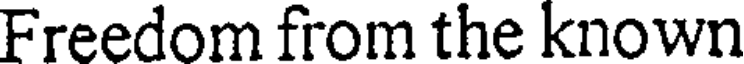
Freedom from the known